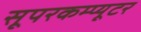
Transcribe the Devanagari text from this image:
सूपरकम्प्यूटर